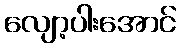
လျော့ပါးအောင်